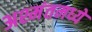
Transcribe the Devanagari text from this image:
अश्मंतमध्ये